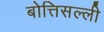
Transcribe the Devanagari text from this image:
बोत्तिसल्ली